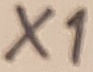
Text: X1